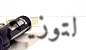
لتوزيع